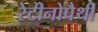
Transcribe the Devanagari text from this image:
रेटीनोपैथी